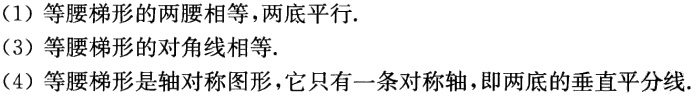
（1）等腰梯形的两腰相等，两底平行.
（3）等腰梯形的对角线相等.
（4）等腰梯形是轴对称图形，它只有一条对称轴，即两底的垂直平分线.